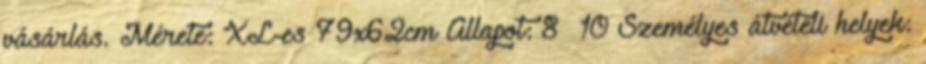
vásárlás. Mérete: XL-es 79x62cm Állapot: 8 10 Személyes átvételi helyek: